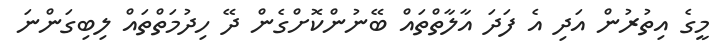
މީގެ އިތުރުން އަދި އެ ފަދަ އާލާތްތައް ބޭނުންކޮށްގެން ދޭ ހިދުމަތްތައް ލިބިގަންނަ